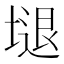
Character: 𱗩